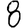
Digit: 8